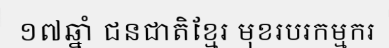
១៧ឆ្នាំ ជនជាតិខ្មែរ មុខរបរកម្មករ